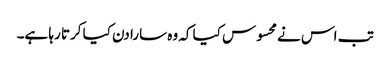
تب اس نے محسوس کیا کہ وہ سارا دن کیا کرتا رہا ہے۔